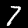
Digit: 7